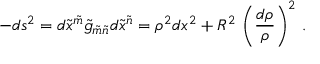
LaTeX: - d s ^ { 2 } = d \tilde { x } ^ { \tilde { m } } \tilde { g } _ { \tilde { m } \tilde { n } } d \tilde { x } ^ { \tilde { n } } = \rho ^ { 2 } d x ^ { 2 } + R ^ { 2 } \, \left( \frac { d \rho } \rho \right) ^ { 2 } \, .